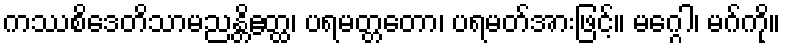
ကဿစိဒေတိသာမညန္တိဧတ္ထ၊ ပရမတ္တတော၊ ပရမတ်အားဖြင့်။ မဂ္ဂေါ၊ မဂ်ကို။